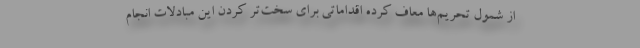
از شمول تحریم‌ها معاف کرده اقداماتی برای سخت‌تر کردن این مبادلات انجام